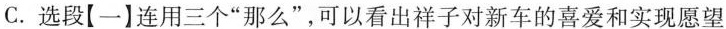
C.选段[一】连用三个”那么”，可以看出祥子对新车的喜爱和实现愿望